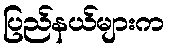
ပြည်နယ်များက